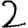
Digit: 2